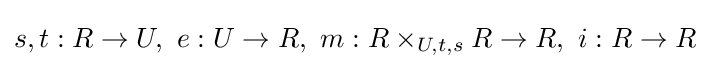
s,t:R\to U,\ e:U\to R,\ m:R\times _{U,t,s}R\to R,\ i:R\to R